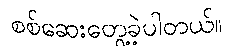
စစ်ဆေးတွေ့ခဲ့ပါတယ်။